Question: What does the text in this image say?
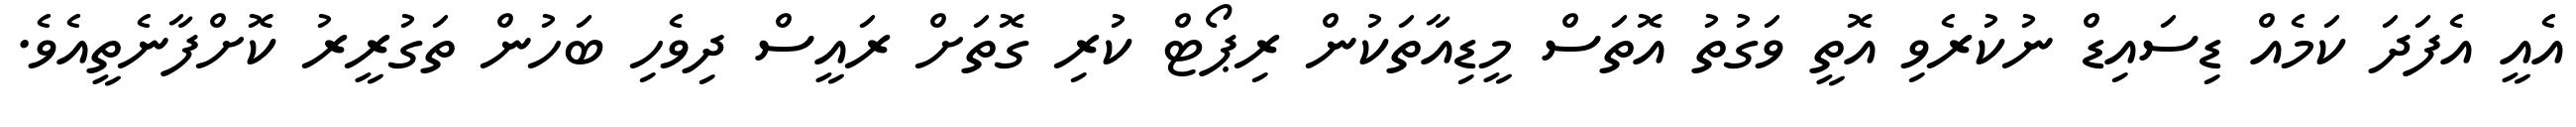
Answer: އެއީ އެފަދަ ކަމެއް ޑިސައިޑް ނުކުރެވި އޮތީ ވަގުތު އޮތަސް މީޑިއާތަކުން ރިޕޯޓް ކުރި ގޮތަށް ރައީސް ދިވެހި ބަހުން ތަގުރީރު ކޮށްފާނެތީއެވެ.